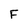
Character: F